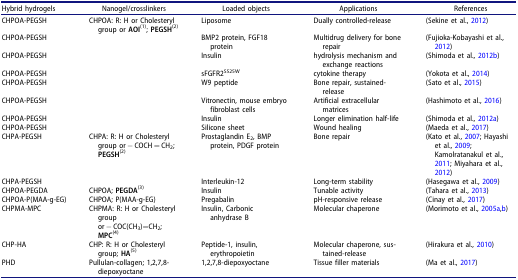
<table><thead><tr><td><b>Hybrid hydrogels</b></td><td><b>Nanogel/crosslinkers</b></td><td><b>Loaded objects</b></td><td><b>Applications</b></td><td><b>References</b></td></tr></thead><tbody><tr><td>CHPOA-PEGSH</td><td>CHPOA: R: H or Cholesteryl group or <b>AOI</b><sup>(1)</sup>; <b>PEGSH</b><sup>(2)</sup></td><td>Liposome</td><td>Dually controlled-release</td><td>(Sekine et al., 2012)</td></tr><tr><td>CHPOA-PEGSH</td><td> </td><td>BMP2 protein, FGF18 protein</td><td>Multidrug delivery for bone repair</td><td>(Fujioka-Kobayashi et al., 2012)</td></tr><tr><td>CHPOA-PEGSH</td><td> </td><td>Insulin</td><td>hydrolysis mechanism and exchange reactions</td><td>(Shimoda et al., 2012b)</td></tr><tr><td>CHPOA-PEGSH</td><td> </td><td>sFGFR2<sup>S525W</sup></td><td>cytokine therapy</td><td>(Yokota et al., 2014)</td></tr><tr><td>CHPOA-PEGSH</td><td> </td><td>W9 peptide</td><td>Bone repair, sustained-release</td><td>(Sato et al., 2015)</td></tr><tr><td>CHPOA-PEGSH</td><td> </td><td>Vitronectin, mouse embryo fibroblast cells</td><td>Artificial extracellular matrices</td><td>(Hashimoto et al., 2016)</td></tr><tr><td>CHPOA-PEGSH</td><td> </td><td>Insulin</td><td>Longer elimination half-life</td><td>(Shimoda et al., 2012a)</td></tr><tr><td>CHPOA-PEGSH</td><td> </td><td>Silicone sheet</td><td>Wound healing</td><td>(Maeda et al., 2017)</td></tr><tr><td>CHPA-PEGSH</td><td>CHPA: R: H or Cholesteryl group or − COCH = CH<sub>2</sub>; <b>PEGSH</b><sup>(2)</sup></td><td>Prostaglandin E<sub>2</sub>, BMPprotein, PDGF protein</td><td>Bone repair</td><td>(Kato et al., 2007; Hayashi et al., 2009; Kamolratanakul et al., 2011; Miyahara et al., 2012)</td></tr><tr><td>CHPA-PEGSH</td><td> </td><td>Interleukin-12</td><td>Long-term stability</td><td>(Hasegawa et al., 2009)</td></tr><tr><td>CHPOA-PEGDA</td><td>CHPOA; <b>PEGDA</b><sup>(3)</sup></td><td>Insulin</td><td>Tunable activity</td><td>(Tahara et al., 2013)</td></tr><tr><td>CHPOA-P(MAA-g-EG)</td><td>CHPOA; P(MAA-g-EG)</td><td>Pregabalin</td><td>pH-responsive release</td><td>(Cinay et al., 2017)</td></tr><tr><td>CHPMA-MPC</td><td>CHPMA: R: H or Cholesteryl group or − COC(CH<sub>3</sub>)=CH<sub>2</sub>; <b>MPC</b><sup>(4)</sup></td><td>Insulin, Carbonicanhydrase B</td><td>Molecular chaperone</td><td>(Morimoto et al., 2005a,b)</td></tr><tr><td>CHP-HA</td><td>CHP: R: H or Cholesteryl group; <b>HA</b><sup>(5)</sup></td><td>Peptide-1, insulin, erythropoietin</td><td>Molecular chaperone, sustained-release</td><td>(Hirakura et al., 2010)</td></tr><tr><td>PHD</td><td>Pullulan-collagen; 1,2,7,8-diepoxyoctane</td><td>1,2,7,8-diepoxyoctane</td><td>Tissue filler materials</td><td>(Ma et al., 2017)</td></tr></tbody></table>